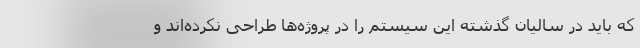
که باید در سالیان گذشته این سیستم را در پروژه‌ها طراحی نکرده‌اند و